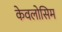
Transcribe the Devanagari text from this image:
केवलोसिम